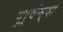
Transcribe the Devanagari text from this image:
पुरूषंच्या